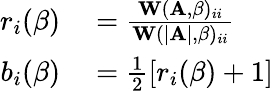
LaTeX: \begin{array}{rl}{r_{i}(\beta)}&{{}=\frac{\mathbf{W}(\mathbf{A},\beta)_{ii}}{\mathbf{W}(|\mathbf{A}|,\beta)_{ii}}}\\ {b_{i}(\beta)}&{{}=\frac{1}{2}\left[r_{i}(\beta)+1\right]}\end{array}